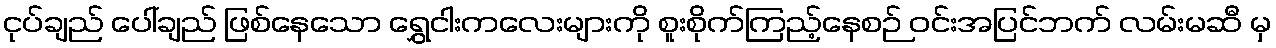
ငုပ်ချည် ပေါ်ချည် ဖြစ်နေသော ရွှေငါးကလေးများကို စူးစိုက်ကြည့်နေစဉ် ဝင်းအပြင်ဘက် လမ်းမဆီ မှ